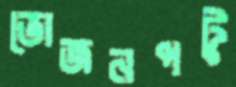
ভোজনপটুু